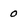
Character: 0